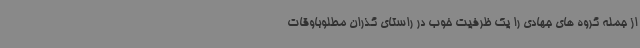
از جمله گروه های جهادی را یک ظرفیت خوب در راستای گذران مطلوباوقات